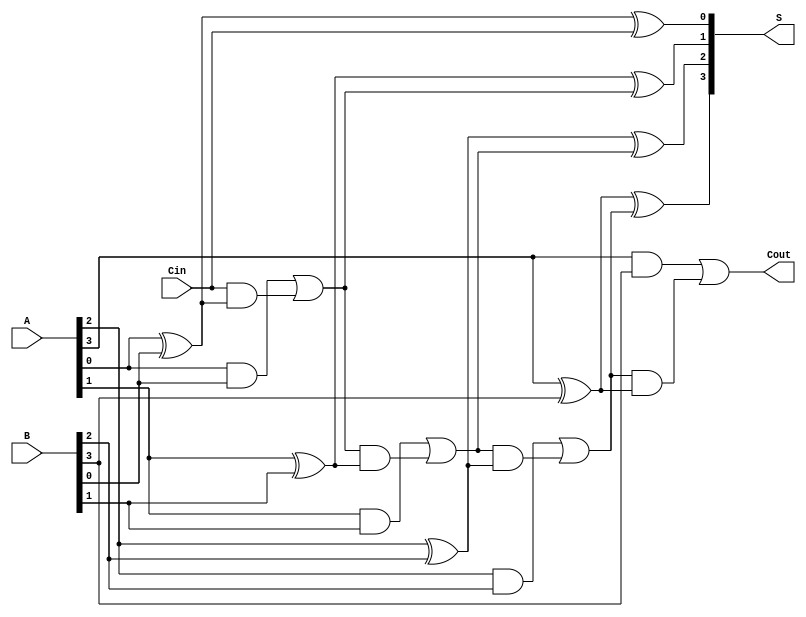
module Parallel_Full_Adder #(parameter n = 4) (
    input [n-1:0] A,      // Multi-bit input A
    input [n-1:0] B,      // Multi-bit input B
    input Cin,            // Carry-in for the least significant bit
    output [n-1:0] S,     // Multi-bit sum output
    output Cout           // Carry-out from the most significant bit
);

    wire [n:0] carry;     // Internal carry wires

    // Assign the initial carry-in
    assign carry[0] = Cin;

    // Generate the sum and carry outputs for each bit
    genvar i; // Generate variable to iterate over bits
    generate
        for (i = 0; i < n; i = i + 1) begin : full_adder
            // Sum calculation
            assign S[i] = A[i] ^ B[i] ^ carry[i];

            // Carry calculation
            assign carry[i + 1] = (A[i] & B[i]) | (carry[i] & (A[i] ^ B[i]));
        end
    endgenerate

    // Final carry-out is the carry from the last full adder
    assign Cout = carry[n];

endmodule